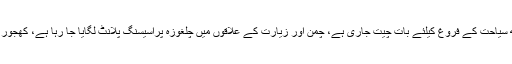
عاصم سلیم باجوہ نے کہا آزاد کشمیر اور گلگت بلتستان کی حکومتوں کیساتھ سیاحت کے فروغ کیلئے بات چیت جاری ہے، چمن اور زیارت کے علاقوں میں چلغوزہ پراسیسنگ پلانٹ لگایا جا رہا ہے، کھجور کے پراسیسنگ پلانٹس کی تنصیب کیلئے چین کیساتھ بات چیت جاری ہے۔